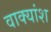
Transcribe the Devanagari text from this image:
वाक्‍यांश